Vaccination in Burma 1900-1911 - 1900-1911
Year: 1900
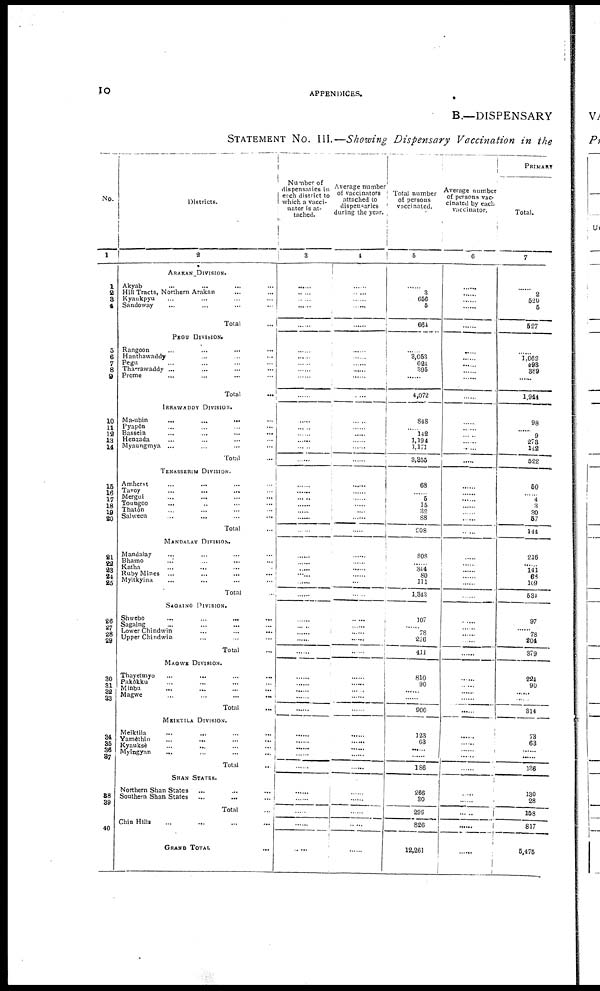
10
APPENDICES.
B.—DISPENSARY
STATEMENT No. III.—Showing Dispensary Vaccination in the
No.
1
1
2
3
4
5
6
7 8
9
10
11
12
13
14
15
16
17
18
19
20
21
22
23 23
24
26
27 28
29
30
31 32
33
34
35
36
37
38
39
40
Districts.
2
ARAKAN DIVISION.
Akyab ... ... ... ...
Hill Tracts, Northern Arakan ... ...
Kyaukpyu ... ... ... ...
Sandoway ... ... ... ...
Total ...
PEGU DIVISION.
Rangoon ... ... ... ...
Hanthawaddy ... ... ...
Pegu ... ... ... ...
Tharrawaddy ... ... ... ...
Prome ... ... ... ...
Total ...
IRRAWADDY DIVISION.
Ma-ubin
...
...
...
...
Pyapôn ... ... ... ...
Bassein ... ... ... ...
Henzada ... ... ... ...
Myaungmya ... ... ... ...
Total ...
TENASSERIM DIVISION.
Amherst ... ... ... ...
Tavoy ... ... ... ...
Mergui ... ... ... ...
Toungoo
... ... ... ...
Thatôn ... ... ... ...
Salween ... ... ... ...
Total ...
MANDALAY DIVISION.
Mandalay ... ... ... ...
Bhamo ... ... ... ...
Katha ... ... ... ...
Ruby Mines ... ... ... ...
Myitkyina ... ... ... ...
Total ...
SAGAING DIVISION.
Shwebo
...
...
... ...
Sagaing ... ... ... ...
Lower Chindwin ... ... ...
Upper Chindwin ... ... ...
Total ...
MAGWE DIVISION.
Thayetmyo ... ... ... ...
Pakôkku ... ... ... ...
Minbu ... ... ... ...
Magwe
...
...
...
...
Total ...
MEIKTILA DIVISION.
Meiktila ... ... ... ...
Yamèthin ... ... ... ...
Kyauksè ... ... ... ...
Myingyan
... ... ... ...
Total ...
SHAN STATES.
Northern Shan States ... ... ...
Southern Shan States ... ... ...
Total ...
Chin Hills ... ... ... ...
GRAND TOTAL ...
Number of
dispensaries in
each district to
which a vacci-
nator is at-
tached.
3
......
......
......
......
......
......
......
......
......
......
......
......
......
......
......
......
......
......
......
......
......
......
......
......
......
......
......
......
......
......
......
......
......
......
......
......
......
......
......
......
......
Average number
of vaccinators
attached to
dispensaries
during the year.
4
......
......
......
......
......
......
......
......
......
......
......
......
......
......
......
......
......
......
......
......
......
......
......
......
......
......
......
......
......
......
......
......
......
......
......
......
......
......
......
......
......
......
......
......
......
......
......
Total number
of persons
vaccinated.
5
......
3
656
5
664
......
3,053
624
395
......
4,072
848
......
142
1,194
1,171
3,355
68
......
5
15
32
88
208
808
......
344
80
111
1,343
107
......
78
226
411
810
90
......
......
900
123
63
......
......
186
266
30
296
826
12,261
Average number
of persons vac-
cinated by each
vaccinator.
6
......
......
......
......
......
......
......
......
......
......
......
......
......
......
......
......
......
......
......
......
......
......
......
......
......
......
......
......
......
......
......
......
......
......
......
......
......
......
......
......
......
......
......
......
..
......
......
PRIMARY
Total.
7
......
2
520
5
527
......
1,062
493
389
......
1,944
98
...... 9
278
142
522
50
......
4
3
30
57
144
216
141
68
109
534
97
......
78
204
379
224
90
......
......
314
73
63
......
......
136
130
28
158
817
5,475